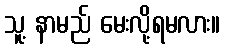
သူ့ နာမည် မေးလို့ရမလား။